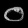
Digit: ၀